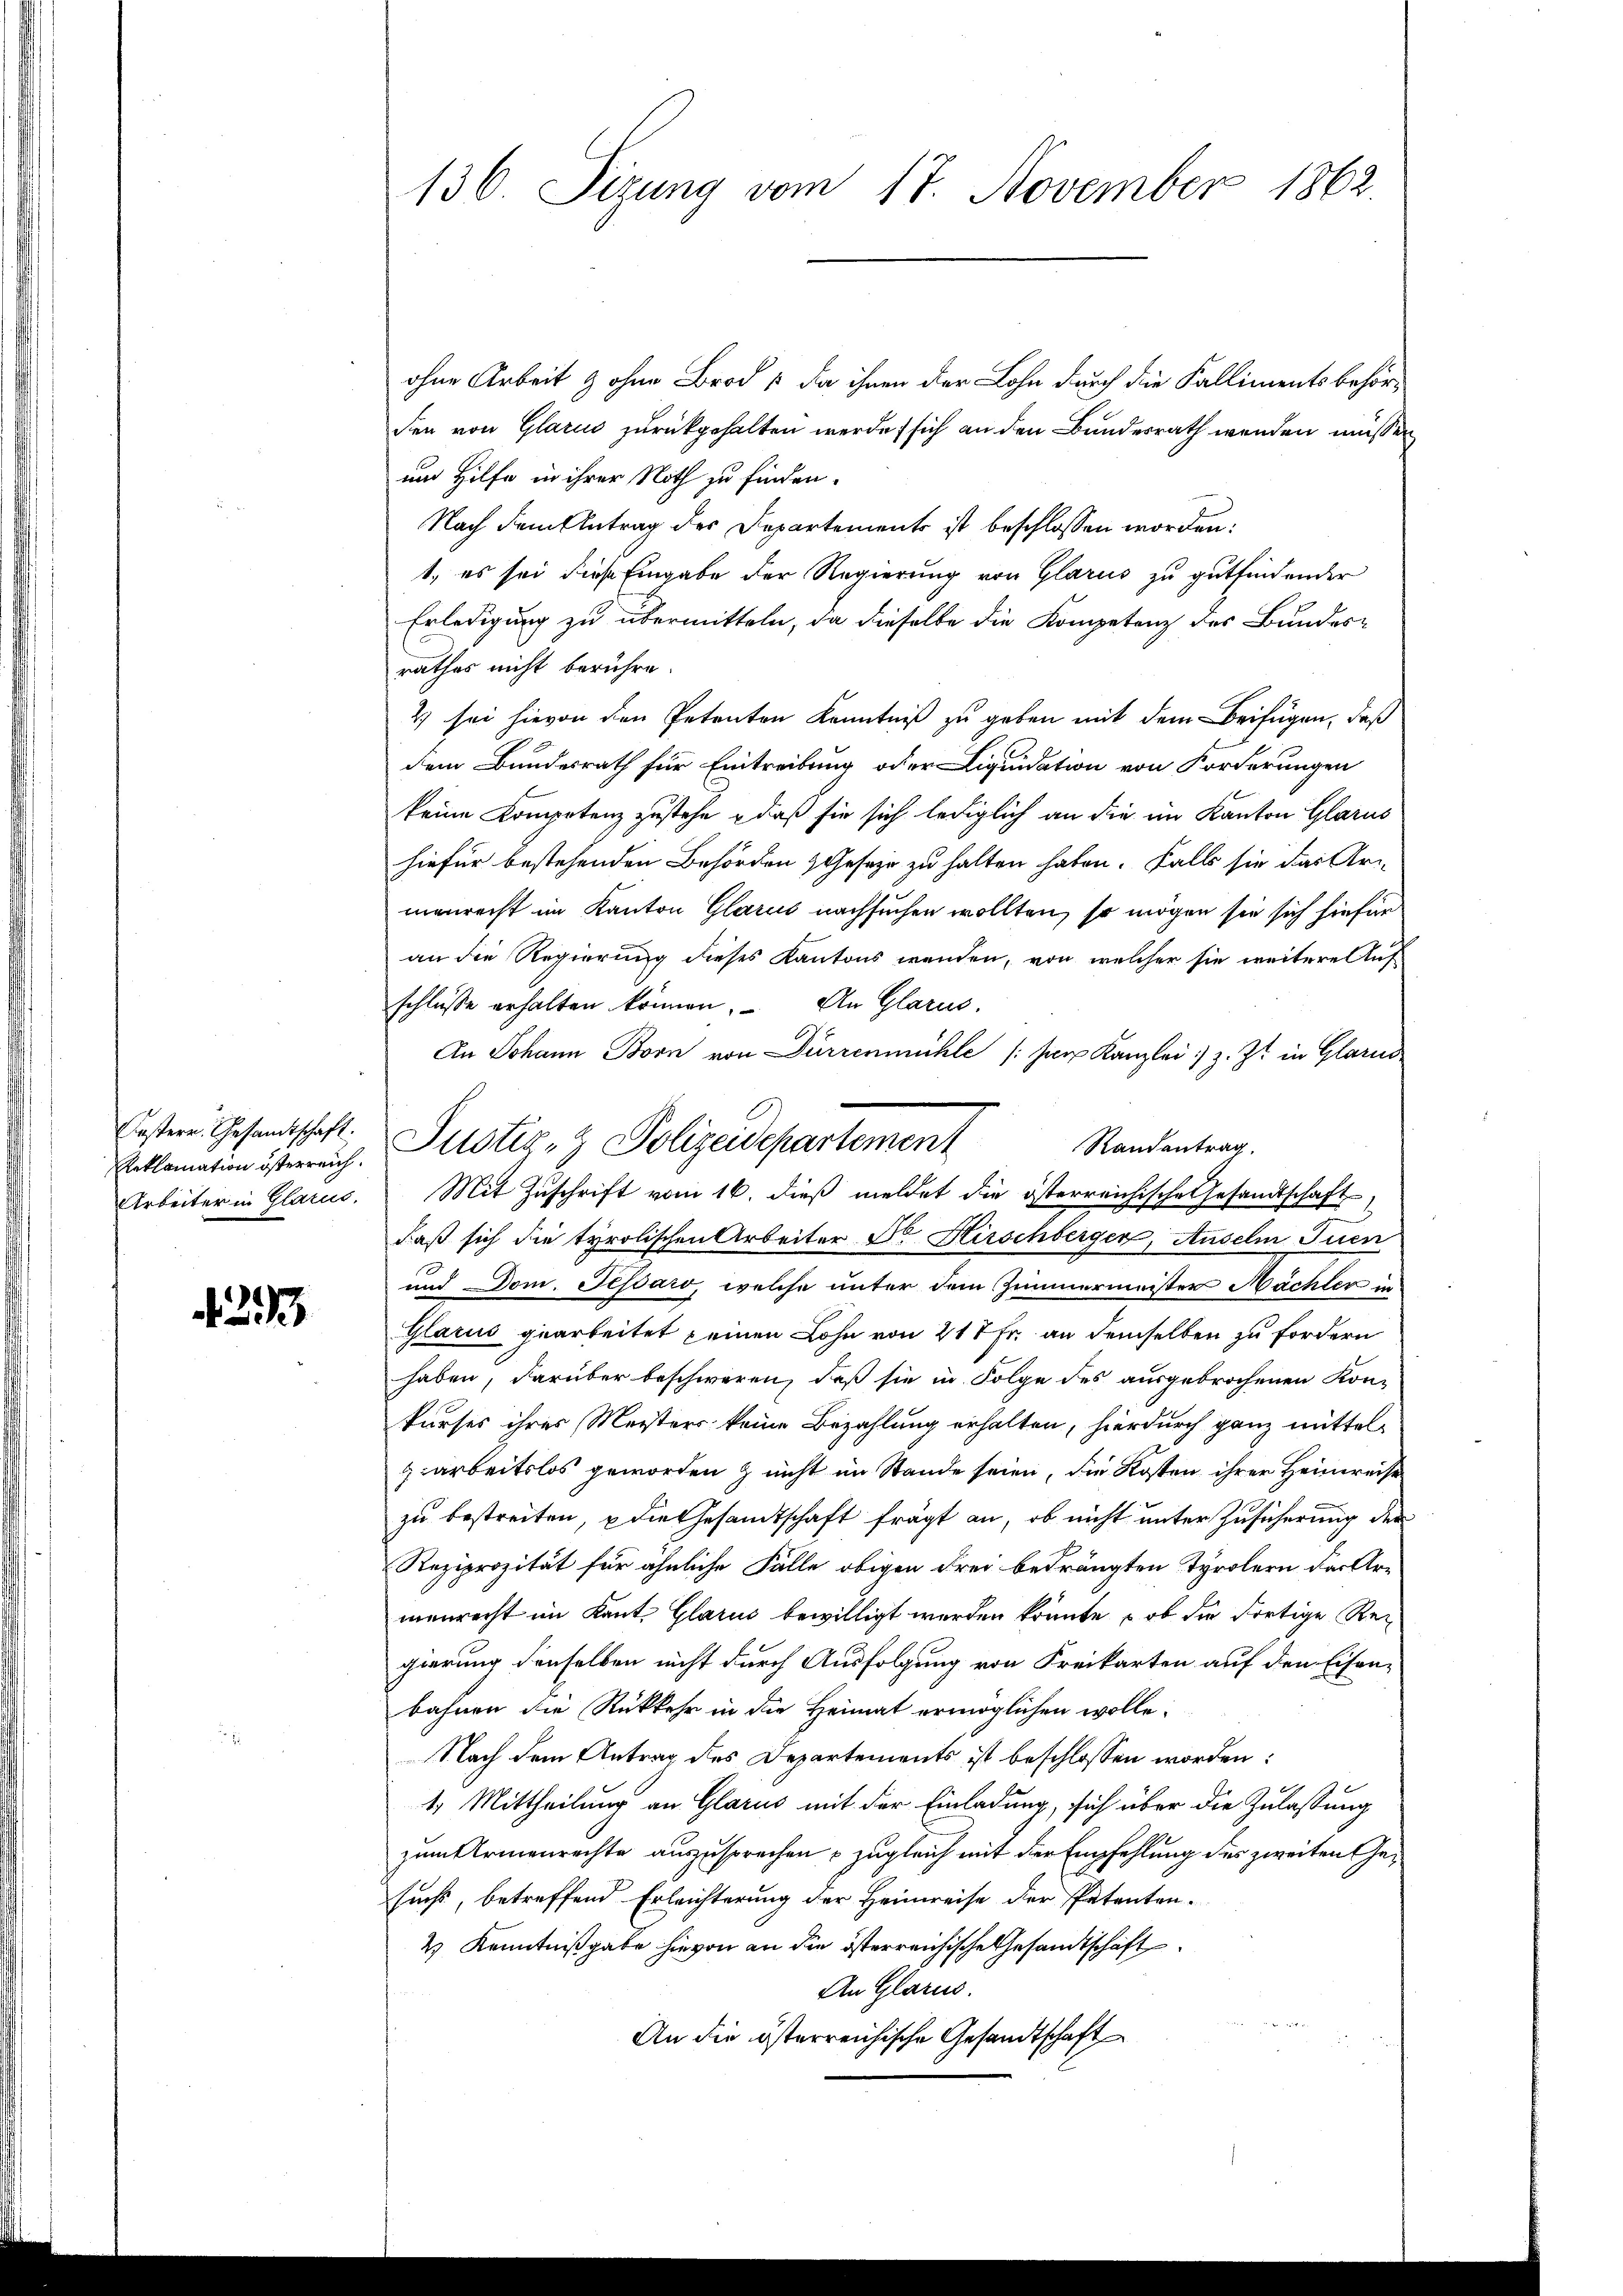
Reklamation österreich.

4233

136. Sizung vom 17. November 1862.

ohne Arbeit & ohne Brod 1, da ihnen der Lohn durch die Kallimentsbehörden von Glarus zurückgehalten werde, sich an den Bundesrath wenden müssen
und Hilfe in ihrer Noth zu finden.
Nach dem Antrag des Departement ist beschlossen worden:
t, es sei diese Eingabe der Regierung von Glarus zu gutfindender
Erledigung zu übermitteln, da dieselbe die Kompetenz des Bundesrathes nicht berühre.
2) sei hievon den Petenten Kenntniß zu geben mit dem Beifügen, daß
dem Bundesrath für Eintreibung oder Liquidation von Forderungen
keine Kompetenz zustehe, daß sie sich lediglich an die im Kanton Glarus
hiefür bestehenden Behörden Geseze zu halten haben. Falls sie das Uri-
menrecht im Kanton Glarus nachsuchen wollten, so mögen sie sich hiefür
an die Regierung dieses Kantons wenden, von welcher sie weitere Auf
schlüsse erhalten können. An Glarus.
In Johann Born von Dürrenmühle /:ser Kanzlei z. Zt. in Glarus
Randantrag.
Arbeiter in Glarus. Mit Zuschrift vom 16. dieß meldet die österreichische Gesandtschaft
daß sich die tyrolischen Arbeiter Dr Hirschberger, Auselm Fuen
und Dom. Jessaro, welche unter dem Zimmermeister Nächter in
Glarus gearbeitet einen Lohn von 217 Fr. an demselben zu fordern
haben, darüber beschweren, daß sie in Folge des ausgebrochenen Kon-
kurses ihres Meisters keine Bezahlung erhalten, hierdurch ganz mittel-
garbeitslos geworden & nicht im Stande seien, die Kosten ihrer Heimreise
zu bestreiten, u die Gesandtschaft frägt an, ob nicht unter Zusicherung der
Reziprozität für ähnliche Fälle obigen Frei bedrängten Tyrolern der Ar-
menrecht im Kant. Glarus bewilligt werden könnte, ob die dortige Rei
gierung denselben nicht durch Ausfolgung von Freikarten auf den Eisen-
bahnen die Rückkehr in die Heimat ermöglichen wolle.
Nach dem Antrag des Departements ist beschlossen worden:
4. Mittheilung an Glarus mit der Einladung, sich über die Zulassung
zum Armenrechte auszusprechen – zugleich mit der Empfehlung des zweiten Gei
suchs, betreffend Erleichterung der Heimreise der Petenten.
2) Kenntnißgabe hievon an die österreichische Gesandtschaft
An Glarus.
An die österreichische Gesandtschaft

Oestern Gesandtschaft: Justiz- & Polizeidepartement